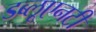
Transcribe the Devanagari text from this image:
डब्लूएनटी